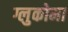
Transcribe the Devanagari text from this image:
ग्लुकोमा